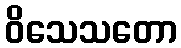
ဝိသေသတော